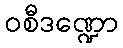
ဝစီဒဏ္ဍော